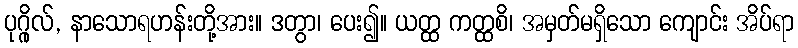
ပုဂ္ဂိုလ်, နာသောရဟန်းတို့အား။ ဒတွာ၊ ပေး၍။ ယတ္ထ ကတ္ထစိ၊ အမှတ်မရှိသော ကျောင်း အိပ်ရာ